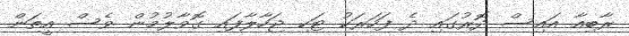
ރާބިއާ އައިސް ދޮރުގައި ދެ ފަހަރަކު ޓަކި ޖަހާލާފައި ގޮވާލުމުން ވެސް އީތަން